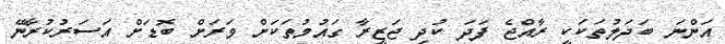
އަންނަ ބަދަލުތަކަކީ ރާއްޖެ ފަދަ ކުދި ޖަޒީރާ ގައުމުތަކަށް ވަރަށް ބޮޑަށް އަސަރުކުރާނޭ